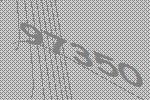
97350